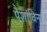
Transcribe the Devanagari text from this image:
पैशांविना